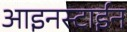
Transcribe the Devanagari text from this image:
आइनस्टाईन